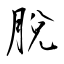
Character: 脫